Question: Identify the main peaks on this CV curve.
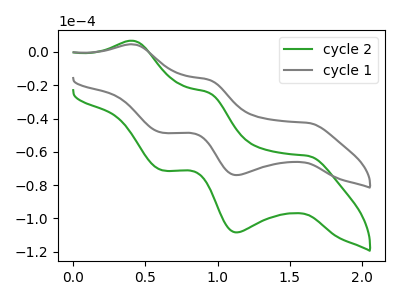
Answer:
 <answer>The green curve "cycle 2" has anodic peaks at (0.40V, 6.70uA) (0.95V, -24.55uA) and cathodic peaks at (1.65V, -62.45uA) (1.15V, -108.40uA) (0.60V, -71.10uA). The gray curve "cycle 1" has anodic peaks at (0.40V, 4.55uA) (0.95V, -16.75uA) and cathodic peaks at (1.65V, -42.60uA) (1.15V, -74.00uA) (0.60V, -48.50uA).</answer>
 <eval></eval>